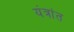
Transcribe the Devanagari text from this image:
यंत्रांत